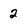
Character: 2